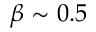
\beta \sim 0 . 5